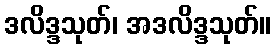
ဒလိဒ္ဒသုတ်၊ အဒလိဒ္ဒသုတ်။